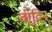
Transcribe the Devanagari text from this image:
वादिन